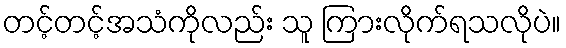
တင့်တင့်အသံကိုလည်း သူ ကြားလိုက်ရသလိုပဲ။